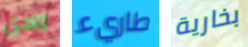
رسل طاريء بخارية